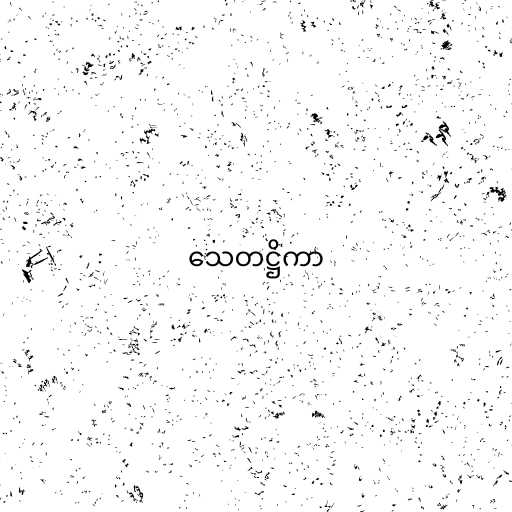
သေတဋ္ဌိကာ